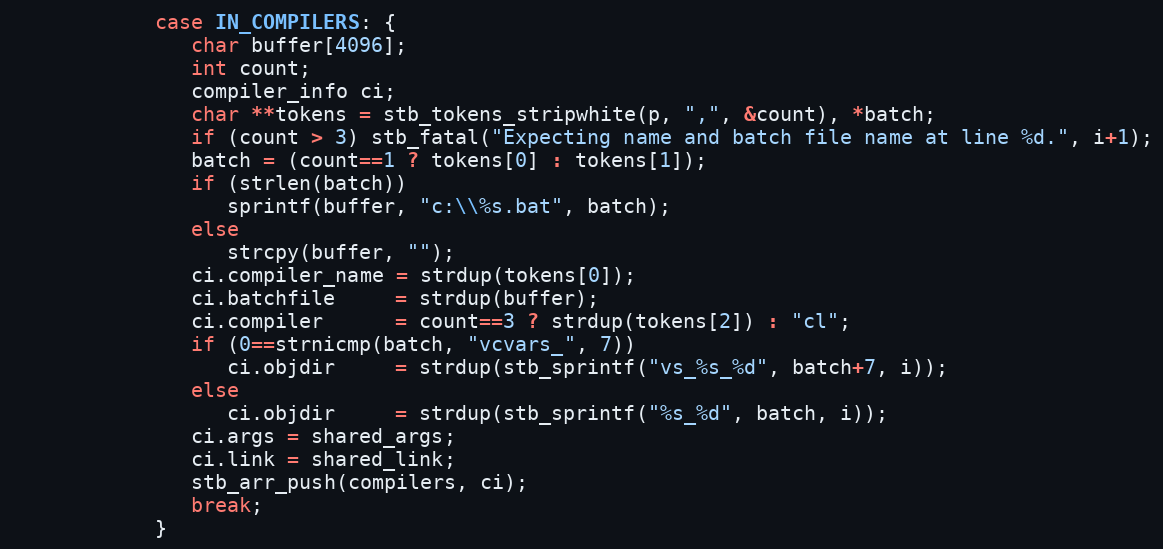
Language: C
            case IN_COMPILERS: {
               char buffer[4096];
               int count;
               compiler_info ci;
               char **tokens = stb_tokens_stripwhite(p, ",", &count), *batch;
               if (count > 3) stb_fatal("Expecting name and batch file name at line %d.", i+1);
               batch = (count==1 ? tokens[0] : tokens[1]);
               if (strlen(batch))
                  sprintf(buffer, "c:\\%s.bat", batch);
               else
                  strcpy(buffer, "");
               ci.compiler_name = strdup(tokens[0]);
               ci.batchfile     = strdup(buffer);
               ci.compiler      = count==3 ? strdup(tokens[2]) : "cl";
               if (0==strnicmp(batch, "vcvars_", 7))
                  ci.objdir     = strdup(stb_sprintf("vs_%s_%d", batch+7, i));
               else
                  ci.objdir     = strdup(stb_sprintf("%s_%d", batch, i));
               ci.args = shared_args;
               ci.link = shared_link;
               stb_arr_push(compilers, ci);
               break;
            }